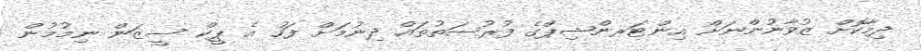
ދިމާކޮށް ޒުވާނުންނަށް އިންޓަރންޝިޕްގެ ފުރުސަތުތައް ދިނުމަށް ފަހު އެ ޕީކް ސީޒަން ނިމުމުން